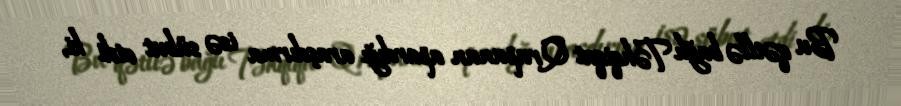
Bu qətllə bağlı Təhqiqat Qrupunun apardığı araşdırma isə sübut etdi ki,